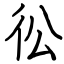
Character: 彸